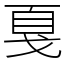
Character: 戛